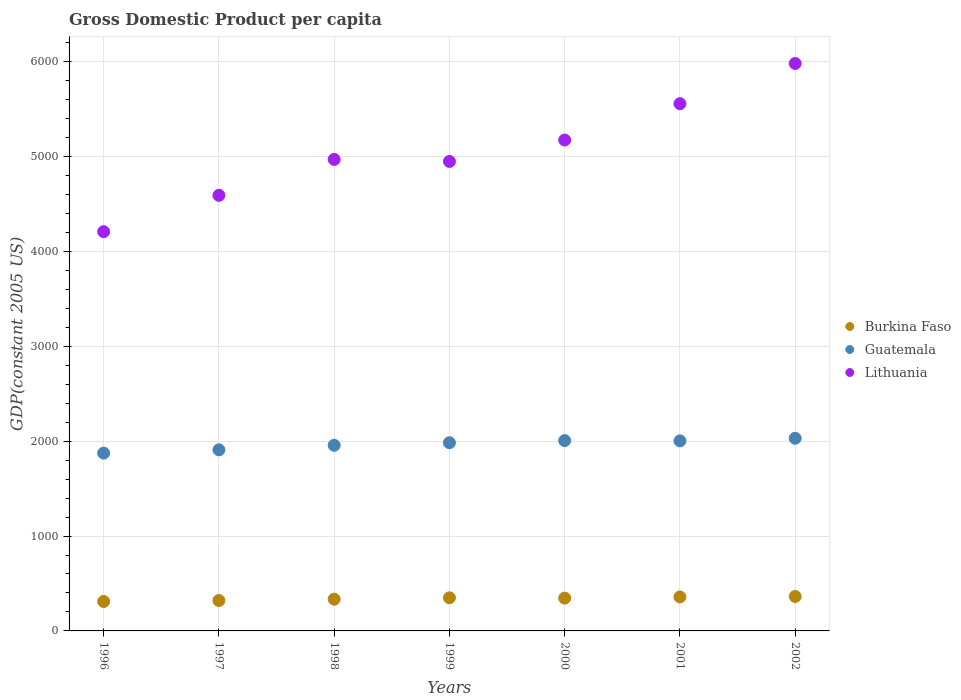
| Years | Burkina Faso | Guatemala | Lithuania |
 | --- | --- | --- | --- |
 | 1996 | 310 | 1.87e+03 | 4.21e+03 |
 | 1997 | 321 | 1.91e+03 | 4.59e+03 |
 | 1998 | 334 | 1.96e+03 | 4.97e+03 |
 | 1999 | 349 | 1.98e+03 | 4.95e+03 |
 | 2000 | 346 | 2.01e+03 | 5.17e+03 |
 | 2001 | 358 | 2e+03 | 5.56e+03 |
 | 2002 | 363 | 2.03e+03 | 5.98e+03 |